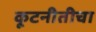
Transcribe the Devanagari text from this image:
कूटनीतीचा